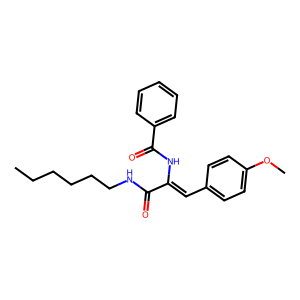
SMILES: CCCCCCNC(=O)C(=Cc1ccc(OC)cc1)NC(=O)c1ccccc1
Inhibits HIV replication: No